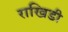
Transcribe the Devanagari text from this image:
राखिडी